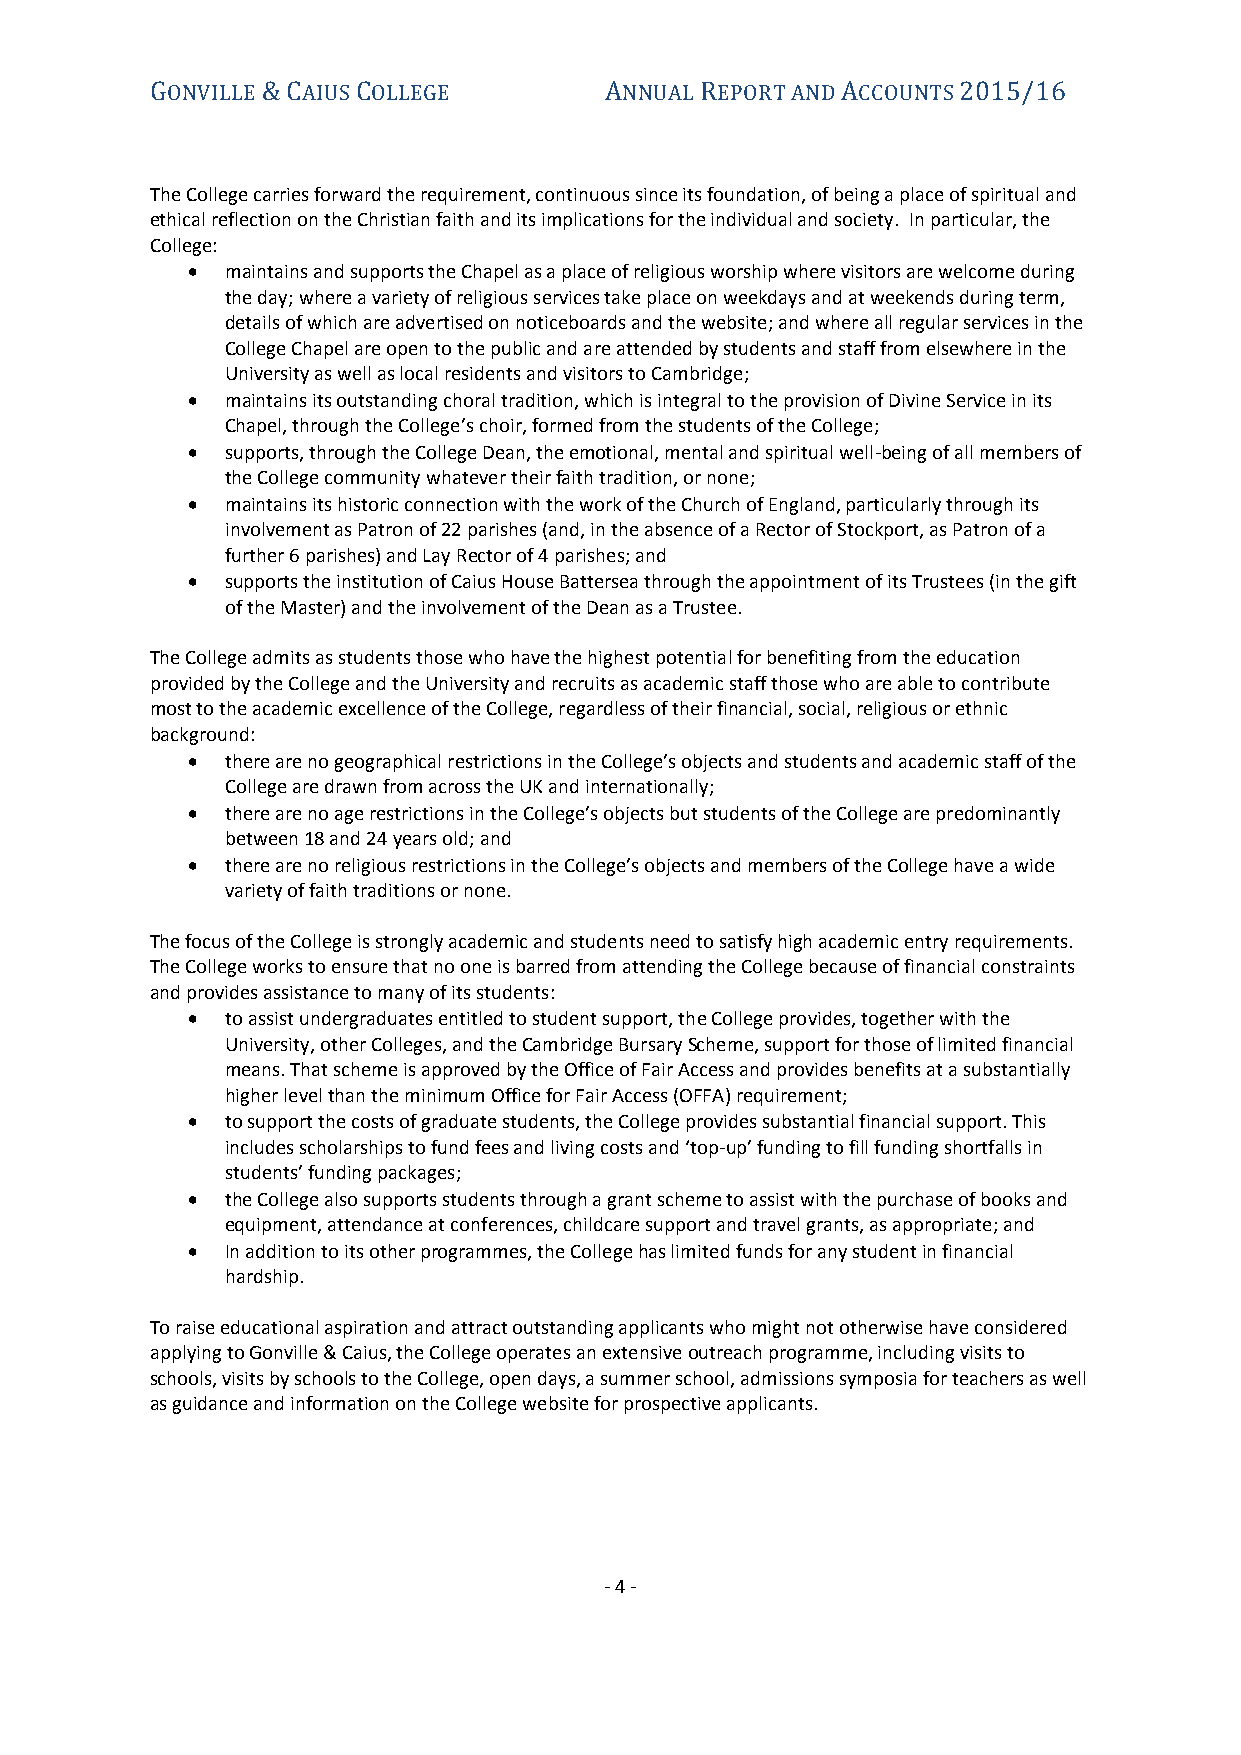
GONVILLE & CAIUS COLLEGE      ANNUAL REPORT AND ACCOUNTS 2015/16
 The College carries forward the requirement, continuous since its foundation, of being a place of spiritual and
 ethical reflection on the Christian faith and its implications for the individual and society. In particular, the
 College:
   maintains and supports the Chapel as a place of religious worship where visitors are welcome during
 the day; where a variety of religious services take place on weekdays and at weekends during term,
 details of which are advertised on noticeboards and the website; and where all regular services in the
 College Chapel are open to the public and are attended by students and staff from elsewhere in the
 University as well as local residents and visitors to Cambridge;
   maintains its outstanding choral tradition, which is integral to the provision of Divine Service in its
 Chapel, through the College’s choir, formed from the students of the College;
   supports, through the College Dean, the emotional, mental and spiritual well-being of all members of
 the College community whatever their faith tradition, or none;
   maintains its historic connection with the work of the Church of England, particularly through its
 involvement as Patron of 22 parishes (and, in the absence of a Rector of Stockport, as Patron of a
 further 6 parishes) and Lay Rector of 4 parishes; and
   supports the institution of Caius House Battersea through the appointment of its Trustees (in the gift
 of the Master) and the involvement of the Dean as a Trustee.
 The College admits as students those who have the highest potential for benefiting from the education
 provided by the College and the University and recruits as academic staff those who are able to contribute
 most to the academic excellence of the College, regardless of their financial, social, religious or ethnic
 background:
   there are no geographical restrictions in the College’s objects and students and academic staff of the
 College are drawn from across the UK and internationally;
   there are no age restrictions in the College’s objects but students of the College are predominantly
 between 18 and 24 years old; and
   there are no religious restrictions in the College’s objects and members of the College have a wide
 variety of faith traditions or none.
 The focus of the College is strongly academic and students need to satisfy high academic entry requirements.
 The College works to ensure that no one is barred from attending the College because of financial constraints
 and provides assistance to many of its students:
   to assist undergraduates entitled to student support, the College provides, together with the
 University, other Colleges, and the Cambridge Bursary Scheme, support for those of limited financial
 means. That scheme is approved by the Office of Fair Access and provides benefits at a substantially
 higher level than the minimum Office for Fair Access (OFFA) requirement;
   to support the costs of graduate students, the College provides substantial financial support. This
 includes scholarships to fund fees and living costs and ‘top-up’ funding to fill funding shortfalls in
 students’ funding packages;
   the College also supports students through a grant scheme to assist with the purchase of books and
 equipment, attendance at conferences, childcare support and travel grants, as appropriate; and
   In addition to its other programmes, the College has limited funds for any student in financial
 hardship.
 To raise educational aspiration and attract outstanding applicants who might not otherwise have considered
 applying to Gonville & Caius, the College operates an extensive outreach programme, including visits to
 schools, visits by schools to the College, open days, a summer school, admissions symposia for teachers as well
 as guidance and information on the College website for prospective applicants.
 - 4 -